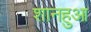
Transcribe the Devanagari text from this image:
शानहुआ